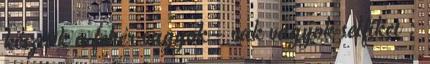
készítik a fehér vagyok - vak vagyok selfiket :